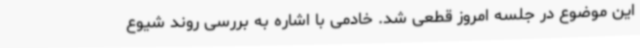
این موضوع در جلسه امروز قطعی شد. خادمی با اشاره به بررسی روند شیوع